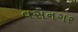
વસનગર